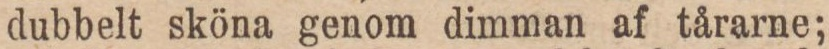
dubbelt sköna genom dimman af tårarne;